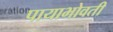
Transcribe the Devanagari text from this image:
पायाभोवती